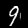
Label: 9